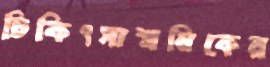
চিকিৎসাশ্রমিকের